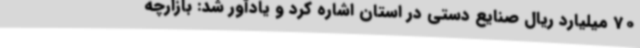
70 میلیارد ریال صنایع دستی در استان اشاره کرد و یادآور شد: بازارچه